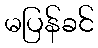
မပြန်ခင်